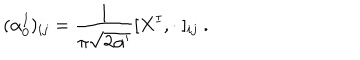
( \alpha _ { 0 } ^ { I } ) _ { i j } = \frac { 1 } { \pi \sqrt { 2 \alpha ^ { \prime } } } [ X ^ { I } , \cdot \ ] _ { i j } \ .